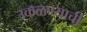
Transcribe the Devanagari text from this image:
उकळण्याची